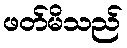
ဖတ်မိသည်